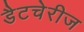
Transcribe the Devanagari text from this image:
डैटचेरीज